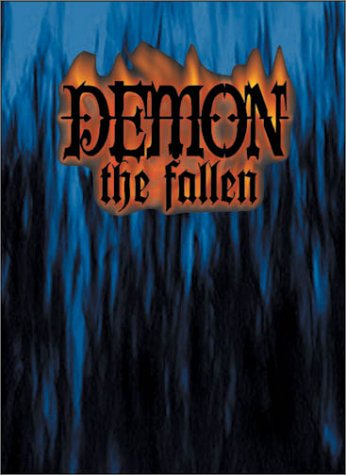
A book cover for Demon: The Fallen; Michael B. Lee; Science Fiction & Fantasy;